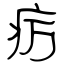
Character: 疠